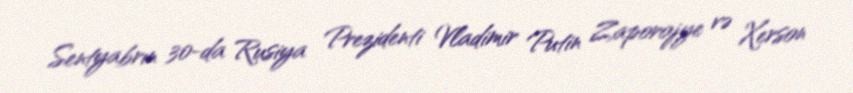
Sentyabrın 30-da Rusiya Prezidenti Vladimir Putin Zaporojye və Xerson